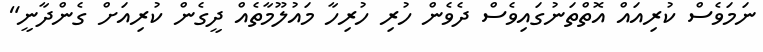
ނަމަވެސް ކުރިއައް އޮތްތަނުގައިވެސް ދެވެން ހުރި ހުރިހާ މައުލޫމާތެއް ދީގެން ކުރިއަށް ގެންދާނީ"